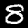
Digit: 8